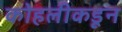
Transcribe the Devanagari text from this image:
कोहलीकडून